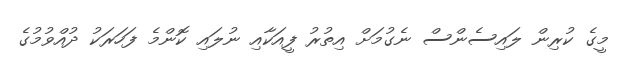
މީގެ ކުރިން ލައިސެންސް ނެގުމަށް އިތުރު ފީއަކާއި ނުލައި ކޮންމެ ފަހަރަކު ދުއްވުމުގެ